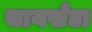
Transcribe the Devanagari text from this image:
सायखेडा